Leaving Certificate, 1937
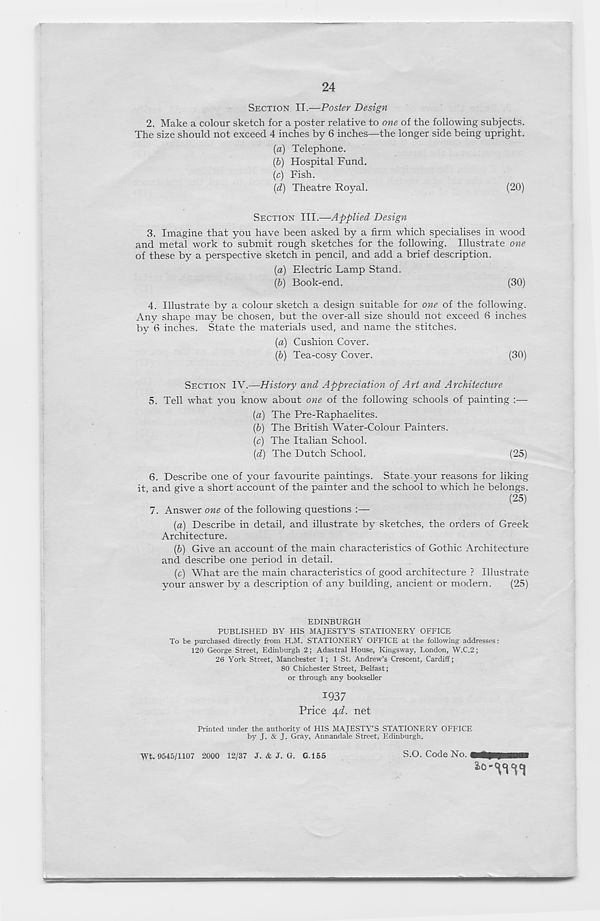
24
SECTION II.—Poster Design
2. Make a colour sketch for a poster relative to one of the following subjects.
The size should not exceed 4 inches by 6 inches—the longer side being upright.
(a) Telephone.
(b) Hospital Fund.
(c) Fish.
(d) Theatre Royal.
(20)
SECTION III.—Applied Design
3. Imagine that you have been asked by a firm which specialises in wood
and metal work to submit rough sketches for the following. Illustrate one
of these by a perspective sketch in pencil, and add a brief description.
(a) Electric Lamp Stand.
(b) Book-end.
(30)
4. Illustrate by a colour sketch a design suitable for one of the following.
Anv shape may be chosen, but the over-all size should not exceed 6 inches
by 6 inches. State the materials used, and name the stitches.
(a) Cushion Cover.
(b) Tea-cosy Cover.
(30)
SECTION IV.—History and Appreciation of Art and Architecture
5. Tell what you know about one of the following schools of painting :—
(a) The Pre-Raphaelites.
(b) The British Water-Colour Painters.
(c) The Italian School.
(d) The Dutch School.
(25)
6. Describe one of your favourite paintings. State.your reasons for liking
it and give a short account of the painter and the school to which he belongs.
(25)
7. Answer one of the following questions :—
(a) Describe in detail, and illustrate by sketches, the orders of Greek
Architecture.
(b) Give an account of the main characteristics of Gothic Architecture
and describe one period in detail.
(c) What are the main characteristics of good architecture ? Illustrate
your answer by a description of any building, ancient or modern.
(25)
EDINBURGH
PUBLISHED BY HIS MAJESTY’S STATIONERY OFFICE
To be purchased directly from H.M. STATIONERY OFFICE at the following addresses:
120 George Street, Edinburgh 2; Adastral House, Kingsway, London, W.C.2;
26 York Street, Manchester 1; 1 St. Andrew’s Crescent, Cardiff;
80 Chichester Street, Belfast;
or through any bookseller
1937
Price 4<7. net
Printed under the authority of HIS MAJESTY’S STATIONERY OFFICE
by J. & J. Gray, Annandale Street, Edinburgh.
wt. 9545/1107 2000 12/37 J. & J. G. G.155
S.O. Code No.